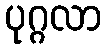
ပုဂ္ဂလာ